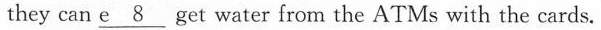
they can \underline{e 8} get water from the ATMs with the cards.